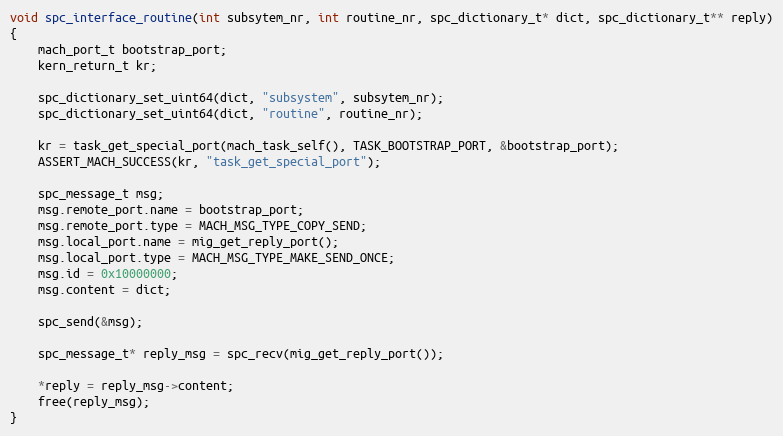
Language: C
void spc_interface_routine(int subsytem_nr, int routine_nr, spc_dictionary_t* dict, spc_dictionary_t** reply)
{
    mach_port_t bootstrap_port;
    kern_return_t kr;

    spc_dictionary_set_uint64(dict, "subsystem", subsytem_nr);
    spc_dictionary_set_uint64(dict, "routine", routine_nr);

    kr = task_get_special_port(mach_task_self(), TASK_BOOTSTRAP_PORT, &bootstrap_port);
    ASSERT_MACH_SUCCESS(kr, "task_get_special_port");

    spc_message_t msg;
    msg.remote_port.name = bootstrap_port;
    msg.remote_port.type = MACH_MSG_TYPE_COPY_SEND;
    msg.local_port.name = mig_get_reply_port();
    msg.local_port.type = MACH_MSG_TYPE_MAKE_SEND_ONCE;
    msg.id = 0x10000000;
    msg.content = dict;

    spc_send(&msg);

    spc_message_t* reply_msg = spc_recv(mig_get_reply_port());

    *reply = reply_msg->content;
    free(reply_msg);
}